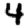
Digit: 4